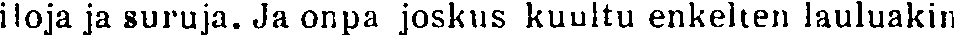
iloja ja suruja. Ja onpa joskus kuultu enkelten lauluakin